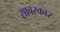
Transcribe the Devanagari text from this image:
सावरकार